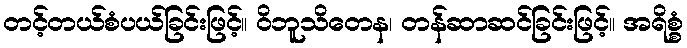
တင့်တယ်စံပယ်ခြင်းဖြင့်။ ဝိဘူသိတေန၊ တန်ဆာဆင်ခြင်းဖြင့်။ အရိစ္စံ